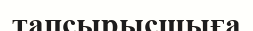
тапсырысшыға